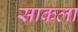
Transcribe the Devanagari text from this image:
साकला